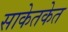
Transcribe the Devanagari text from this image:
साकेतकेत